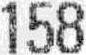
158